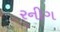
રનીગ